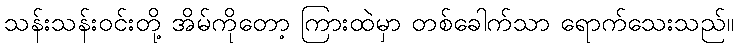
သန်းသန်းဝင်းတို့ အိမ်ကိုတော့ ကြားထဲမှာ တစ်ခေါက်သာ ရောက်သေးသည်။